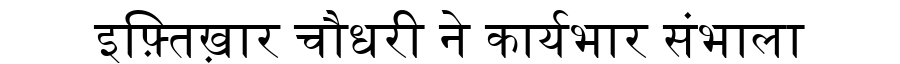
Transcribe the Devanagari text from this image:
इफ़्तिख़ार चौधरी ने कार्यभार संभाला